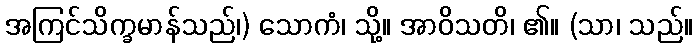
အကြင်သိက္ခမာန်သည်၊) သောကံ၊ သို့။ အာဝိသတိ၊ ၏။ (သာ၊ သည်။